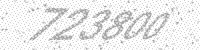
Solution: 723800